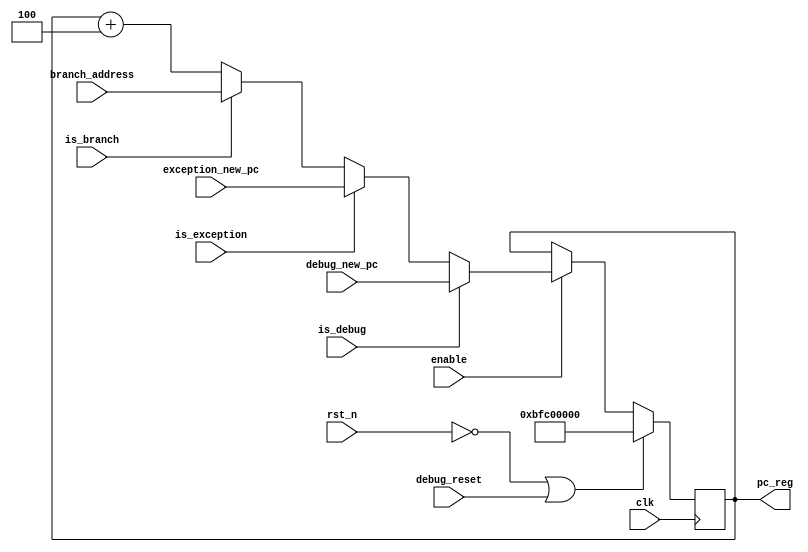
module pc(/*autoport*/
//output
      pc_reg,
//input
      rst_n,
      clk,
      enable,
      branch_address,
      is_branch,
      is_exception,
      exception_new_pc,
      is_debug,
      debug_new_pc,
      debug_reset);

parameter PC_INITIAL = 32'hbfc00000;

input wire rst_n;
input wire clk;
input wire enable;

input wire[31:0] branch_address;
input wire is_branch;
input wire is_exception;
input wire[31:0] exception_new_pc;
input wire is_debug;
input wire[31:0] debug_new_pc;
input wire debug_reset;

reg[31:0] pc_next;
output reg[31:0] pc_reg;

always @(*) begin
    if (!rst_n || debug_reset) begin
        pc_next <= PC_INITIAL;
    end
    else if(enable) begin
        if(is_debug) begin
            pc_next <= debug_new_pc;
        end
        else if(is_exception) begin
            pc_next <= exception_new_pc;
        end
        else if(is_branch) begin
            pc_next <= branch_address;
        end
        else begin
            pc_next <= pc_reg+32'd4;
        end
    end else begin 
        pc_next <= pc_reg;
    end
end

always @(posedge clk) 
    pc_reg <= pc_next;

// always @(posedge clk) $display("PC=%x",pc_reg);

endmodule